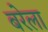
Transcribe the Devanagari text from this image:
बरेला